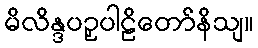
မိလိန္ဒပဉှပါဠိတော်နိသျ။